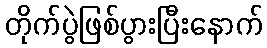
တိုက်ပွဲဖြစ်ပွားပြီးနောက်